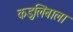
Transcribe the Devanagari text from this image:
कडुलिंबाला